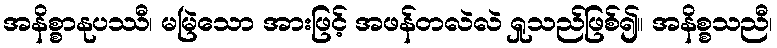
အနိစ္စာနုပဿီ၊ မမြဲသော အားဖြင့် အဖန်တလဲလဲ ရှုသည်ဖြစ်၍။ အနိစ္စသညီ၊